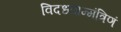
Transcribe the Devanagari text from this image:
विदध्यान्मंत्रिणं